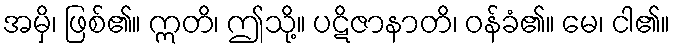
အမှိ၊ ဖြစ်၏။ ဣတိ၊ ဤသို့။ ပဋိဇာနာတိ၊ ဝန်ခံ၏။ မေ၊ ငါ၏။